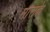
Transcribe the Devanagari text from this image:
माराके